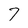
Character: 7